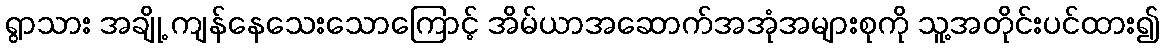
ရွာသား အချို့ ကျန်နေသေးသောကြောင့် အိမ်ယာအဆောက်အအုံအများစုကို သူ့အတိုင်းပင်ထား၍